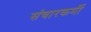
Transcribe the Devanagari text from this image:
संचारकर्मी